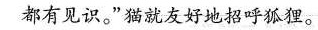
都有见识。”猫就友好地招呼狐狸。